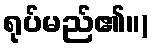
ရုပ်မည်၏။)